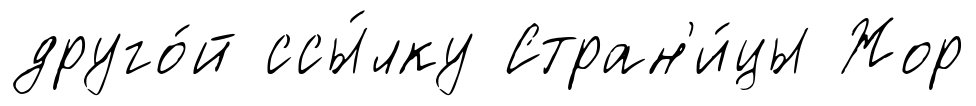
друго́й ссы́лку Стран'и́цы Жор